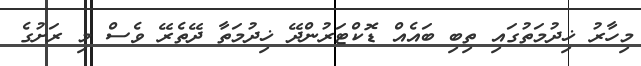
މިހާރު ޚިދުމަތުގައި ތިބި ބައެއް ޑޮކްޓަރުންދޭ ޚިދުމަތާ ދޭތެރޭ ވެސް މި ރަށުގެ